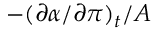
- ( { \partial } \alpha / { \partial } { \pi } ) _ { t } / A